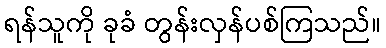
ရန်သူကို ခုခံ တွန်းလှန်ပစ်ကြသည်။